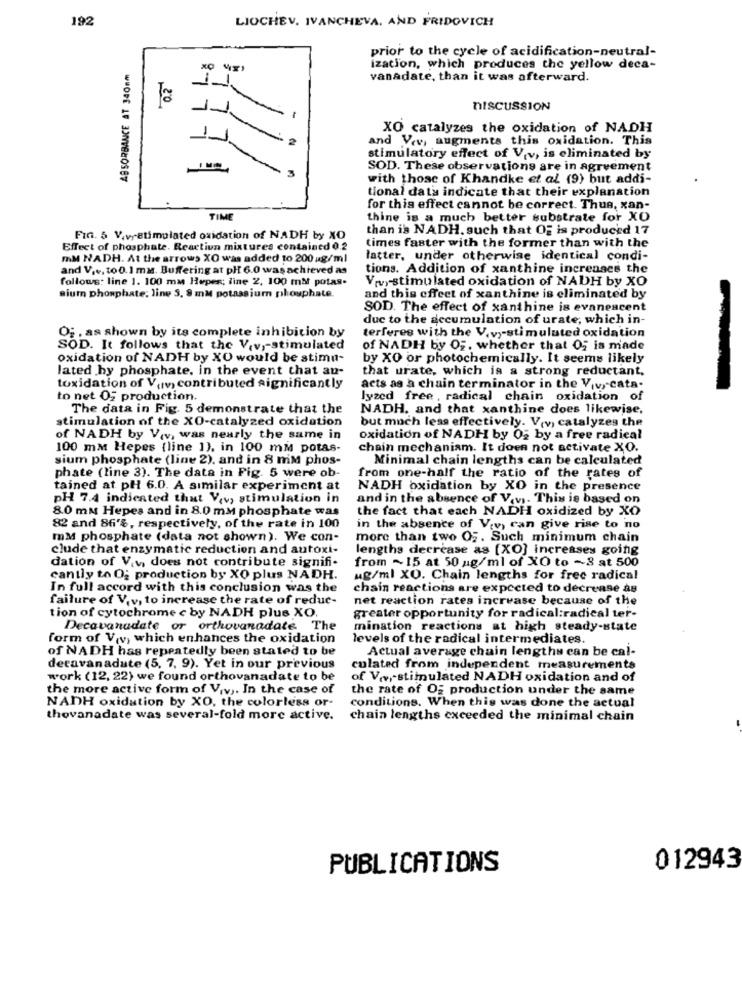
192
LIOCHEV. IVANCHEVA, AND FRIDOVICH
prior to the cycle of acidification-neutral-
LL:
ABSORBANCE AT 340mm
ization, which produces the yellow deca-
vanadate, than it was afterward.
11
,20
DISCUSSION
XO catalyzes the oxidation of NADH
and Vev, augments this oxidation. This
stimulatory effect of Viv, is eliminated by
3
SOD. These observations are in agreement
with those of Khandke et al (9) but addi-
tional data indicate that their explanation
for this effect cannot be correct. Thus, xan-
TIME
thine is a much better substrate for XO
than is NADH. such that Of is produced 17
Fin. 5 V.vystimulated oxidation of NADH by XO
Effect of phosphate. Reaction mixtures contained 0.2
times faster with the former than with the
mM NADH. At the arrows XO was added to 200 g/ml
latter, under otherwise identical condi-
and V .., to0.1 mm. Buffering at pH 6.0 wasachieved as
tions. Addition of xanthine increases the
follows: line 1. 100 ma Hepes; line 2, 100 mM potas-
Vrvy-stimulated oxidation of NADH by XO
sium phosphate: line 3. 8 mM potassium phosphate.
and this effect of xanthine is eliminated by
SOD. The effect of xanthine is evanescent
due to the accumulation of urate, which in-
Oj , as shown by its complete inhibition by
terferes with the V.v .- stimuluted oxidation
SOD. It follows that the Viv ,- stimulated
of NADH by OF, whether that Of is made
oxidation of NADH by XO would be stimu-
by XO or photochemically. It seems likely
lated by phosphate. in the event that an-
that urate, which is a strong reductant,
toxidation of Varv contributed significantly
acts as a chain terminator in the V.v .- cata.
to net O2 production.
lyzed free , radical chain oxidation of
The data in Fig. 5 demonstrate that the
NADH, and that xanthine does likewise,
stimulation of the XO-catalyzed oxidation
but much less effectively. V(v, catalyzes the
of NADH by Viv, was nearly the same in
oxidation of NADH by 02 by a free radical
100 mm Hepes (line 1), in 100 mM potas-
chain mechaniam. It does not activate XO.
sium phosphate (line 2), and in 8 mm phos-
Minimal chain lengths can be calculated
phate (line 3). The data in Fig. 5 were ob-
from one-half the ratio of the rates of
tained at pH 6.0. A similar experiment at
NADH oxidation by XO in the presence
pH 7.4 indicated that V.v, stimulation in
and in the absence of V.v. This is based on
8.0 mm Hepes and in 8.0 mm phosphate was
the fact that each NADH oxidized by XO
82 and 86%, respectively, of the rate in 100
in the absence of Viv, can give rise to no
mM phosphate (data not shown). We con-
more than two O5. Such minimum chain
clude that enzymatic reduction and autoxi-
lengths decrease as [XO] increases going
dation of V.v. does not contribute signifi-
from ~15 at 50 ng/ml of XO to ~3 at 500
cantly to O; production by XO plus NADH.
Mg/ml XO. Chain lengths for free radical
In full accord with this conclusion was the
chain reactions are expected to decrease as
failure of V,v, to increase the rate of reduc-
net reaction rates increase because of the
tion of cytochrome c by NADH plus XO.
greater opportunity for radical:radical ter-
Decavanadate or orthovanadate. The
mination reactions at high steady-state
form of Viv, which enhances the oxidation
levels of the radical intermediates.
of NADH has repeatedly been stated to be
Actual average chain lengths can be cal-
decavanadate (5, 7, 9). Yet in our previous
colated from independent measurements
work (12, 22) we found orthovanadate to be
of Ve, stimulated NADH oxidation and of
the more active form of Viv ,. In the case of
the rate of Og production under the same
NADH oxidation by XO, the colorless or-
conditions. When this was done the actual
thovanadate was several-fold more active.
chain lengths exceeded the minimal chain
PUBLICATIONS
012943